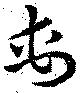
禹